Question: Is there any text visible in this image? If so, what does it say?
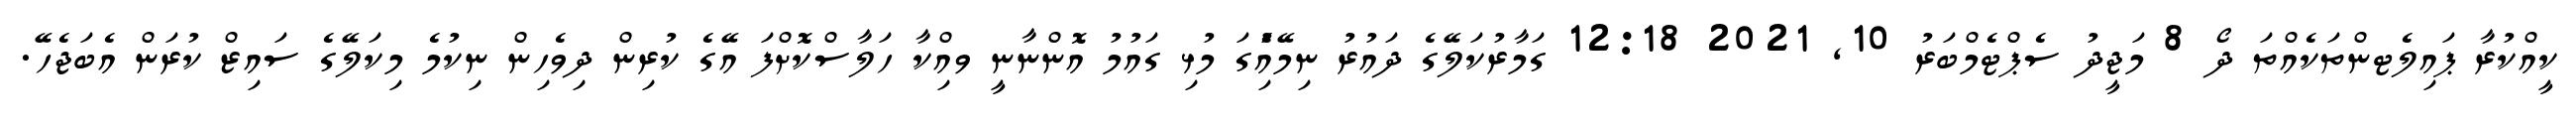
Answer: ކީއްކުރާ ޕައިލެޓންތަކެއްތަ ދޯ 8 މަޖީދު ސެޕްޓެމްބަރު 10, 2021 12:18 ގަމާރުކަލޭގެ ދައުރު ނިމޭއިެުގަ މުޅި ގައުމު އޮންނާނީ ވއިްކާ ހަލާސްކޮށްފަ އޭގެ ކުރިން ދިވެހިން ނިކުމެ މިކަލޭގެ ސައިޒް ކުރަން އެބަޖެހޭ.